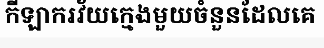
កីឡាករវ័យក្មេងមួយចំនួនដែលគេ